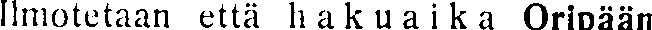
Imotetaan että hakuaika Oripään